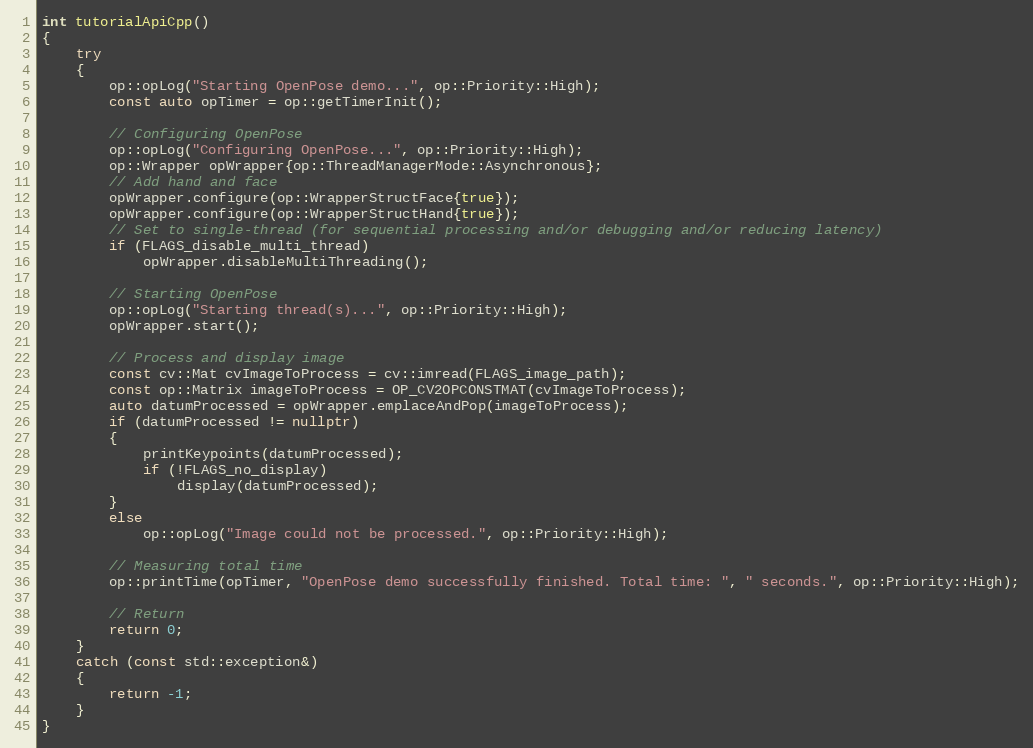
Language: C++
int tutorialApiCpp()
{
    try
    {
        op::opLog("Starting OpenPose demo...", op::Priority::High);
        const auto opTimer = op::getTimerInit();

        // Configuring OpenPose
        op::opLog("Configuring OpenPose...", op::Priority::High);
        op::Wrapper opWrapper{op::ThreadManagerMode::Asynchronous};
        // Add hand and face
        opWrapper.configure(op::WrapperStructFace{true});
        opWrapper.configure(op::WrapperStructHand{true});
        // Set to single-thread (for sequential processing and/or debugging and/or reducing latency)
        if (FLAGS_disable_multi_thread)
            opWrapper.disableMultiThreading();

        // Starting OpenPose
        op::opLog("Starting thread(s)...", op::Priority::High);
        opWrapper.start();

        // Process and display image
        const cv::Mat cvImageToProcess = cv::imread(FLAGS_image_path);
        const op::Matrix imageToProcess = OP_CV2OPCONSTMAT(cvImageToProcess);
        auto datumProcessed = opWrapper.emplaceAndPop(imageToProcess);
        if (datumProcessed != nullptr)
        {
            printKeypoints(datumProcessed);
            if (!FLAGS_no_display)
                display(datumProcessed);
        }
        else
            op::opLog("Image could not be processed.", op::Priority::High);

        // Measuring total time
        op::printTime(opTimer, "OpenPose demo successfully finished. Total time: ", " seconds.", op::Priority::High);

        // Return
        return 0;
    }
    catch (const std::exception&)
    {
        return -1;
    }
}